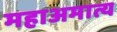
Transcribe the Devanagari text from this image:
महाअमात्य